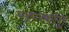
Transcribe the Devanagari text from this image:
राणकपुर